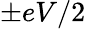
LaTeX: \pm eV/2